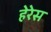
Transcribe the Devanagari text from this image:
हेरेस